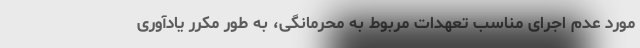
مورد عدم اجرای مناسب تعهدات مربوط به محرمانگی، به طور مکرر یادآوری